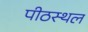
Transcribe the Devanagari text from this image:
पीठस्थल